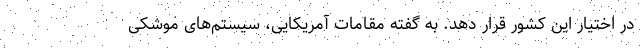
در اختیار این کشور قرار دهد. به گفته مقامات آمریکایی، سیستم‌های موشکی